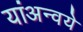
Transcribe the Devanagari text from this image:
यांअन्वये